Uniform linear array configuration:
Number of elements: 16
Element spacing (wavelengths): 0.75
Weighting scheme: cosine
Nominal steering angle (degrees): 45
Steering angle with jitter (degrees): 46.505
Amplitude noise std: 0.05
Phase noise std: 0.05

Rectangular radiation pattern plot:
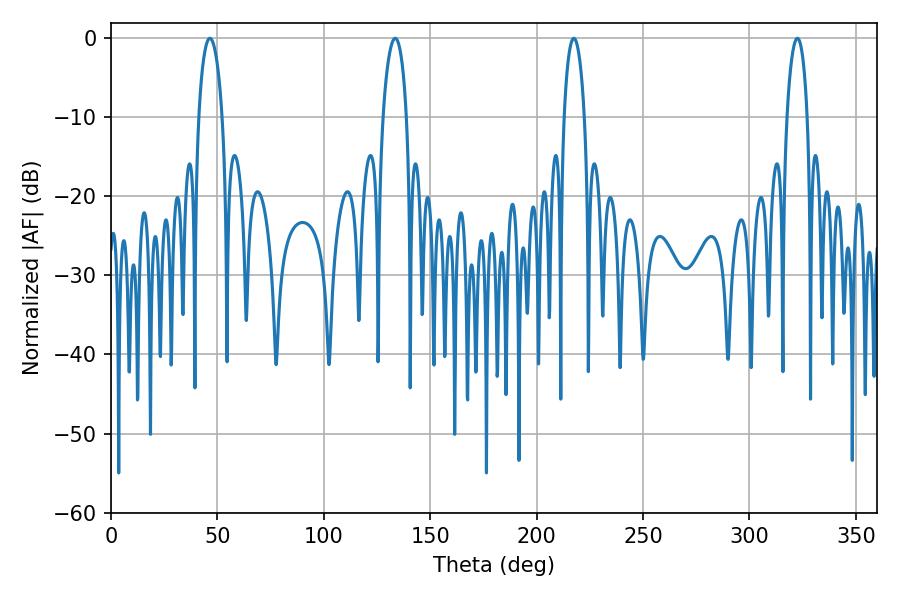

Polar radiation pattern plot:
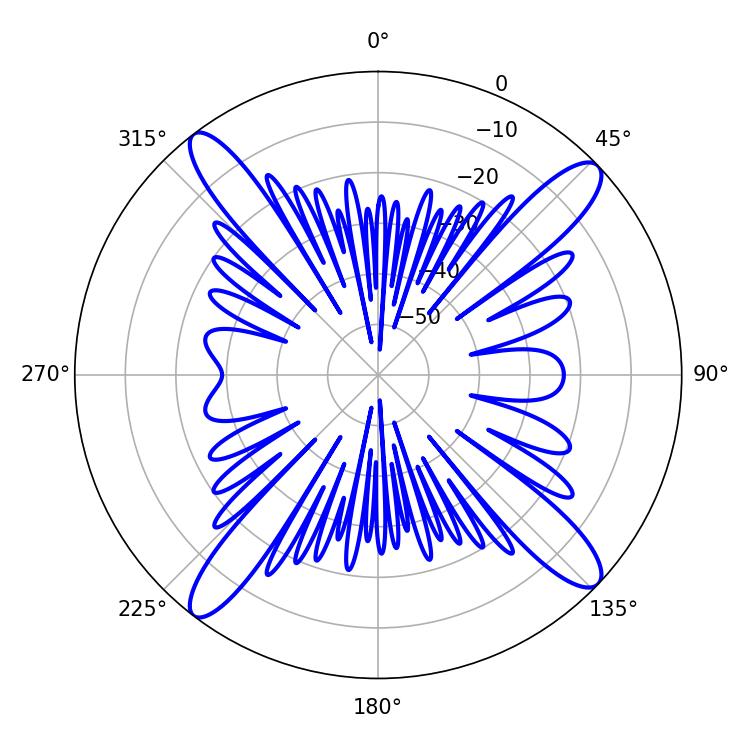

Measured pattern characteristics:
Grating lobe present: TRUE
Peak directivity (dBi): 16.142
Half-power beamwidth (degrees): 6.3
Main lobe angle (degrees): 46.44